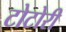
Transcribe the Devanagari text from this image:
टोटोरी